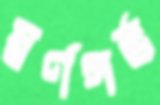
স্বর্ণগর্ভ